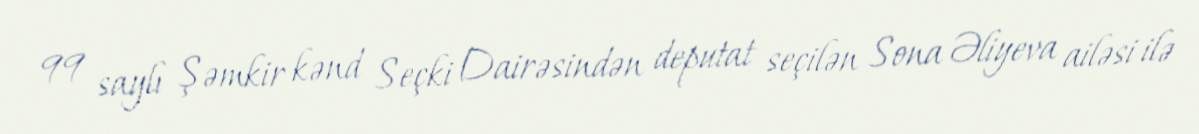
99 saylı Şəmkir kənd Seçki Dairəsindən deputat seçilən Sona Əliyeva ailəsi ilə